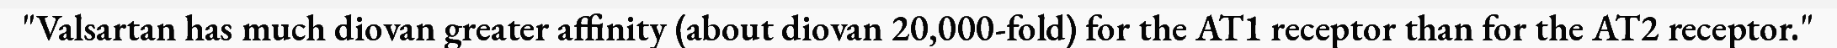
"Valsartan has much diovan greater affinity (about diovan 20,000-fold) for the AT1 receptor than for the AT2 receptor."